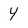
Character: Y